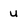
Character: u